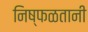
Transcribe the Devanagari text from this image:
निष्फळतानी